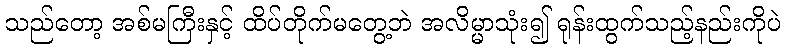
သည်တော့ အစ်မကြီးနှင့် ထိပ်တိုက်မတွေ့ဘဲ အလိမ္မာသုံး၍ ရုန်းထွက်သည့်နည်းကိုပဲ